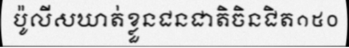
ប៉ូលីសឃាត់ខ្លួនជនជាតិចិនជិត១៥០